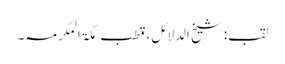
لقب:شیخ الدلائل،قطبِ مکۃ المکرمہ۔